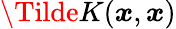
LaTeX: \Tilde{K}(\boldsymbol{x},\boldsymbol{x})